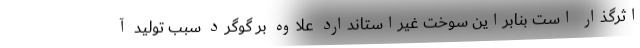
اثرگذار است بنابراین سوخت غیراستاندارد علاوه بر گوگرد سبب تولید آ